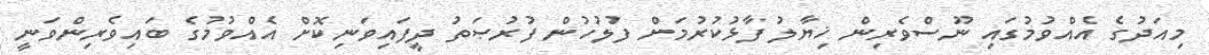
މިއަދުގެ އެއްވުމުގައި ނޫސްވެރިން ޚިޔާލު ފާޅުކުރުމަށް ފުލުހުން ފުރުޞަތު ދީފައިވަނިކޮށް އެއްވުމުގެ ބައިވެރިންވަނީ